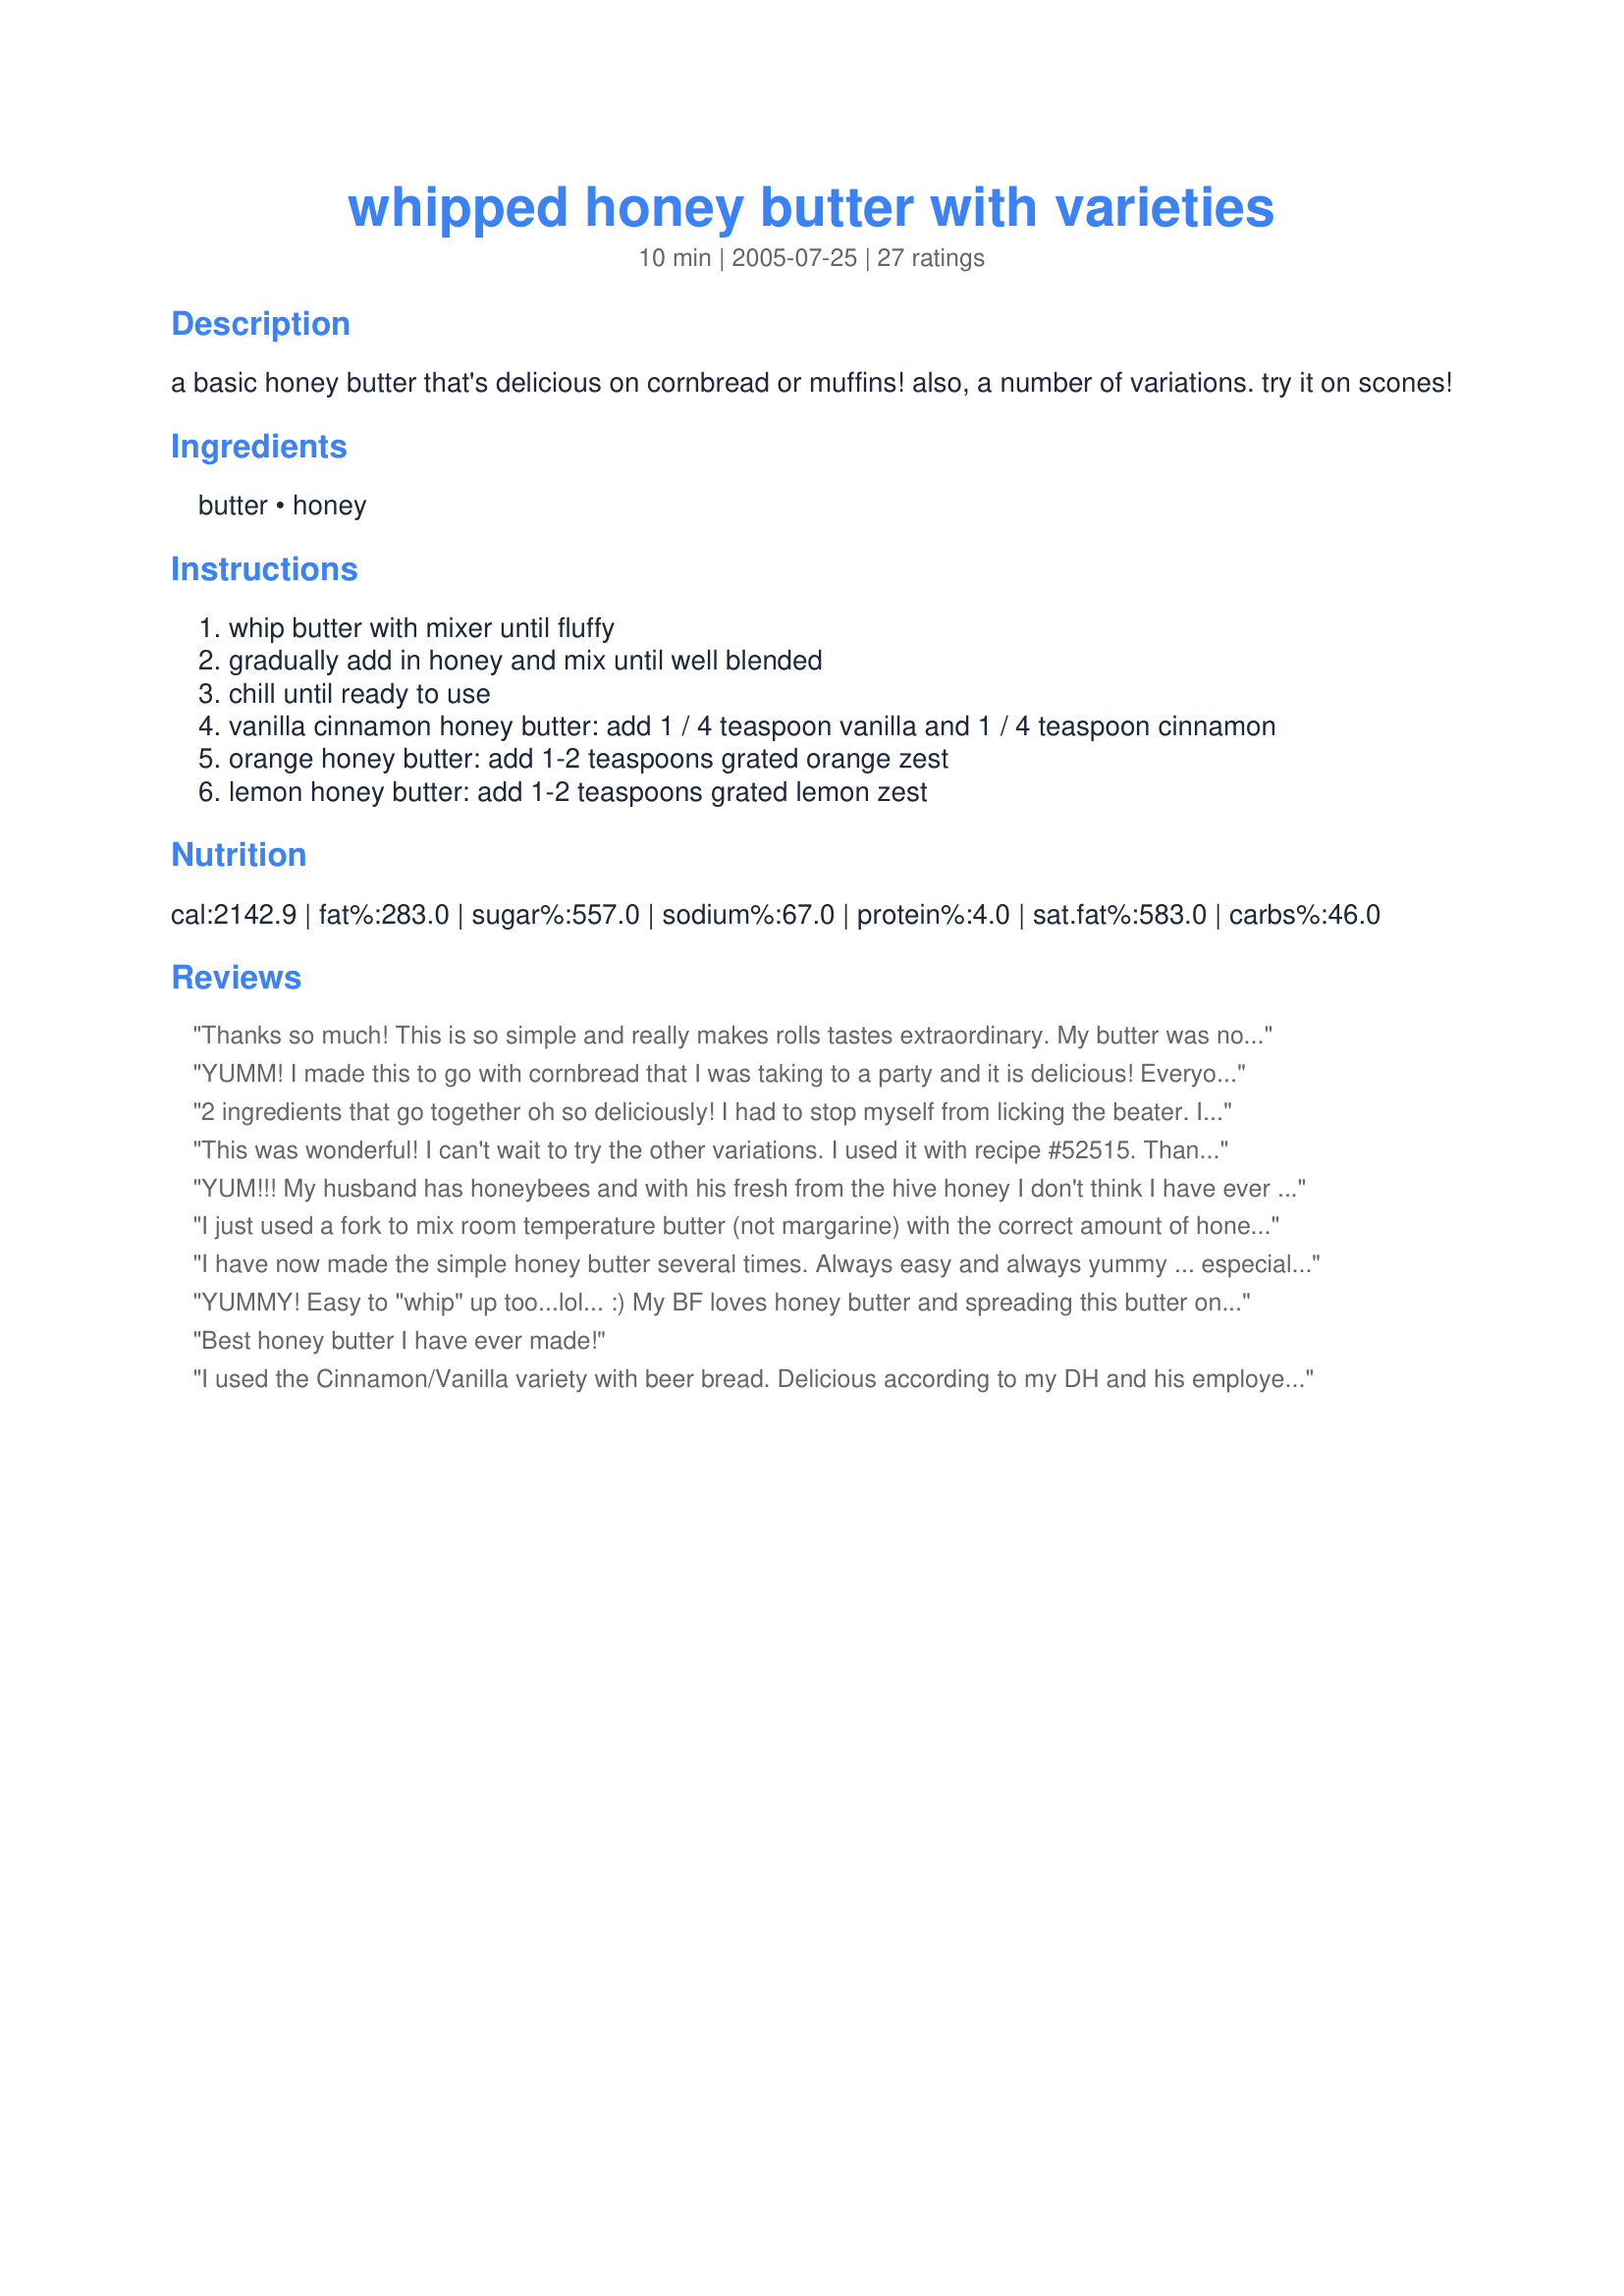
whipped honey butter with varieties
Preparation time: 10 minutes

a basic honey butter that's delicious on cornbread or muffins! also, a number of variations. try it on scones!

Ingredients:
butter, honey

Steps:
whip butter with mixer until fluffy
gradually add in honey and mix until well blended
chill until ready to use
vanilla cinnamon honey butter: add 1 / 4 teaspoon vanilla and 1 / 4 teaspoon cinnamon
orange honey butter: add 1-2 teaspoons grated orange zest
lemon honey butter: add 1-2 teaspoons grated lemon zest

Reviews:
Thanks so much! This is so simple and really makes rolls tastes extraordinary. My butter was not at "room temp" so I just stuck it in the microwave for 20 seconds on half power. It still whipped up beautifully.
YUMM! I made this to go with cornbread that I was taking to a party and it is delicious! Everyone loved this butter!
2 ingredients that go together oh so deliciously! I had to stop myself from licking the beater. I'll be serving this with cornbread tomorrow and I'm sure it will be a hit. Thank you Charmie.
This was wonderful! I can't wait to try the other variations. I used it with recipe #52515. Thanks, Charmie!
YUM!!! My husband has honeybees and with his fresh from the hive honey I don't think I have ever tasted anything better than this honey butter on fresh baked bread
I just used a fork to mix room temperature butter (not margarine) with the correct amount of honey. It was great! Yum! Thanks :)
I have now made the simple honey butter several times. Always easy and always yummy ... especially on cornbread.
YUMMY! Easy to "whip" up too...lol... :) My BF loves honey butter and spreading this butter on refrigerated crescent rolls made them seem almost like a dessert. I used salt free butter and raw honey... I had a little bit of butter left so I decided to make it a vanilla honey butter by adding in a touch of extract and scraped a little vanilla beans into it. The taste was amazing... Thanks for sharing!!!
Best honey butter I have ever made!
I used the Cinnamon/Vanilla variety with beer bread. Delicious according to my DH and his employees. Thanks so much for the post. I can't wait to try your other variations!
Heather
Yum! I made this for this past Thanksgiving... mmmmmm. Thank you!
Wonderful! I made the vanilla cinnamon honey butter, and served with "Recipe #117343" I wasn't sure if I should use salted or unsalted butter, so I used half of each. I think next time I will use unsalted, and just add a little salt if needed. Thank you for sharing!
Yippee, this was just terrific! I made, first time, just the basic honey butter altho I am going to try the varieties shortly. I used this with Honey Oatmeal Bread, #145027 (also Charmie777's!), and they were an awesome combo. Took the fresh loaf of bread and the honey butter into work..GONE in less than half an hour. Thanks!!!
Excellent spread for bread. <br/><br/>Red
very simple and delicious. great easy treat to make the family feel treated!
This was wonderful and so easy...I used sugar free honey and we just loved it.
So simple, yet so delicious! Is it horrible that I found myself licking the beaters? :)
We love this honey butter! I whipped up the vanilla cinnamon version to go with 4-meat chili con carne and Corn Muffins Like Kenny Rogers Roasters. It was sooo perfect I didn't even have to make a dessert to finish off this hearty meal!!<br/><br/>Go ahead lick the beaters ITS WORTH EVERY YUMMY CALORIE!!!
This was delicious. I made it to go with some leftover cornbread muffins. YUMMMMM!!!!!!!!
I made the Vanilla & Cinnamon Honey Butter and we loved it on warm homemade biscuits.
Perfect!
This is so expensive at the store that's why I stopped buying it, much to the dismay of my hubby and girls. But Now! It tastes Just Like the kind you buy at the store! I make a double batch and freeze half. I also plan on giving it in my Homemade Goodness Christmas baskets this year! Thanks so much for posting! :o)
This was a great honey butter recipe. Sooooo yummy. Thanks for posting.
Perfect! Made it for our cornbread tonight and everyone LOVED it! Thanks! =)
A million stars!!
Very nice! I made the vanilla cinnamon honey butter and it is so tasty! I look forward to serving this on croissants or English muffins with breakfast! Thanks, Charmie!
We did the orange zest version which turned out great! We use this on zucchini bread and regular wheat bread. Thanks for this recipe!
